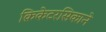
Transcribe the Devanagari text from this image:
क्रिकेटरसिकाने